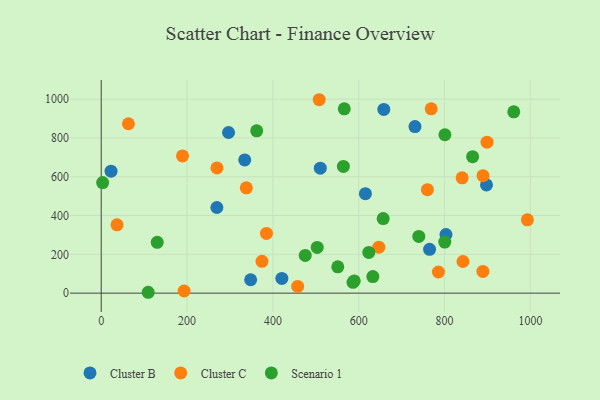
{"axis": {"x": "Ad Spend", "y": "Sales"}, "legend": ["Cluster B", "Cluster C", "Scenario 1"], "data": [{"x": "897.7", "y": 557.7, "type": "Cluster B"}, {"x": "615.6", "y": 512.5, "type": "Cluster B"}, {"x": "420.9", "y": 76.1, "type": "Cluster B"}, {"x": "296.7", "y": 828.1, "type": "Cluster B"}, {"x": "510.5", "y": 644.2, "type": "Cluster B"}, {"x": "803.3", "y": 302.3, "type": "Cluster B"}, {"x": "269.5", "y": 441.5, "type": "Cluster B"}, {"x": "22.9", "y": 628.4, "type": "Cluster B"}, {"x": "334.4", "y": 686.5, "type": "Cluster B"}, {"x": "731.1", "y": 858.3, "type": "Cluster B"}, {"x": "765.1", "y": 226.1, "type": "Cluster B"}, {"x": "658.5", "y": 946.8, "type": "Cluster B"}, {"x": "348.2", "y": 69.1, "type": "Cluster B"}, {"x": "842.9", "y": 163.0, "type": "Cluster C"}, {"x": "193.1", "y": 11.2, "type": "Cluster C"}, {"x": "385.0", "y": 307.7, "type": "Cluster C"}, {"x": "760.1", "y": 533.4, "type": "Cluster C"}, {"x": "338.1", "y": 543.0, "type": "Cluster C"}, {"x": "889.6", "y": 605.4, "type": "Cluster C"}, {"x": "189.4", "y": 707.1, "type": "Cluster C"}, {"x": "36.8", "y": 352.0, "type": "Cluster C"}, {"x": "898.9", "y": 777.9, "type": "Cluster C"}, {"x": "768.9", "y": 949.8, "type": "Cluster C"}, {"x": "993.0", "y": 377.9, "type": "Cluster C"}, {"x": "457.8", "y": 34.6, "type": "Cluster C"}, {"x": "269.7", "y": 645.3, "type": "Cluster C"}, {"x": "374.6", "y": 164.2, "type": "Cluster C"}, {"x": "507.9", "y": 996.9, "type": "Cluster C"}, {"x": "841.0", "y": 594.3, "type": "Cluster C"}, {"x": "889.3", "y": 112.0, "type": "Cluster C"}, {"x": "785.6", "y": 109.1, "type": "Cluster C"}, {"x": "63.4", "y": 873.1, "type": "Cluster C"}, {"x": "646.8", "y": 237.0, "type": "Cluster C"}, {"x": "475.4", "y": 194.5, "type": "Scenario 1"}, {"x": "632.9", "y": 85.2, "type": "Scenario 1"}, {"x": "564.3", "y": 653.0, "type": "Scenario 1"}, {"x": "586.7", "y": 56.0, "type": "Scenario 1"}, {"x": "566.4", "y": 949.8, "type": "Scenario 1"}, {"x": "657.0", "y": 384.6, "type": "Scenario 1"}, {"x": "551.2", "y": 135.7, "type": "Scenario 1"}, {"x": "623.5", "y": 210.1, "type": "Scenario 1"}, {"x": "3.3", "y": 570.0, "type": "Scenario 1"}, {"x": "130.5", "y": 261.8, "type": "Scenario 1"}, {"x": "740.0", "y": 292.3, "type": "Scenario 1"}, {"x": "800.5", "y": 263.1, "type": "Scenario 1"}, {"x": "961.3", "y": 934.6, "type": "Scenario 1"}, {"x": "865.4", "y": 703.6, "type": "Scenario 1"}, {"x": "800.8", "y": 816.3, "type": "Scenario 1"}, {"x": "503.3", "y": 235.7, "type": "Scenario 1"}, {"x": "589.6", "y": 62.9, "type": "Scenario 1"}, {"x": "109.5", "y": 4.5, "type": "Scenario 1"}, {"x": "362.3", "y": 836.8, "type": "Scenario 1"}]}